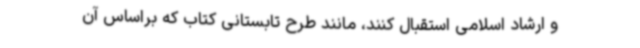
و ارشاد اسلامی استقبال کنند، مانند طرح تابستانی کتاب که براساس آن